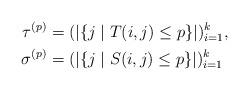
LaTeX: \begin{align*}\tau^{(p)}&=(|\{j\mid T(i,j)\leq p\}|)_{i=1}^k,\\\sigma^{(p)}&=(|\{j\mid S(i,j)\leq p\}|)_{i=1}^k\end{align*}